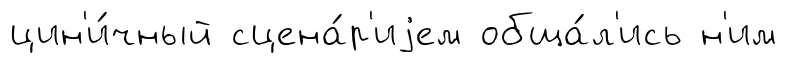
цин'и́чный сцена́р'иjем обща́л'ись н'им